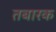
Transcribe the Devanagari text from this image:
तबारक